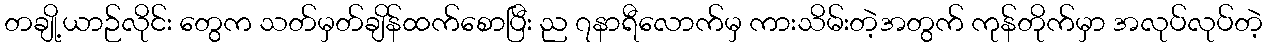
တချို့ယာဉ်လိုင်း တွေက သတ်မှတ်ချိန်ထက်စောပြီး ည ၇နာရီလောက်မှ ကားသိမ်းတဲ့အတွက် ကုန်တိုက်မှာ အလုပ်လုပ်တဲ့